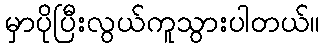
မှာပိုပြီးလွယ်ကူသွားပါတယ်။